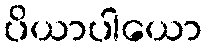
ပိယာပါယော